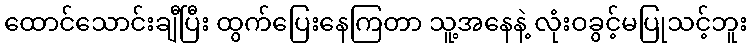
ထောင်သောင်းချီပြီး ထွက်ပြေးနေကြတာ သူ့အနေနဲ့ လုံးဝခွင့်မပြုသင့်ဘူး